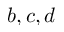
b , c , d